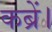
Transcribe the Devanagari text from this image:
कब्रें।